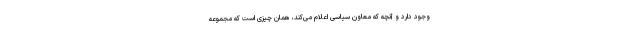
وجود دارد و آنچه که معاون سیاسی اعلام می‌کند، همان چیزی است که مجموعه